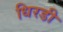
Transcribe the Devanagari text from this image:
धिरडी